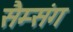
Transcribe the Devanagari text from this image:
सैम्संग